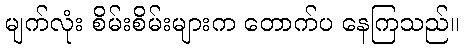
မျက်လုံး စိမ်းစိမ်းများက တောက်ပ နေကြသည်။